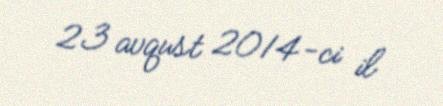
23 avqust 2014-ci il